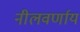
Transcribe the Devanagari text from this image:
नीलवर्णाय